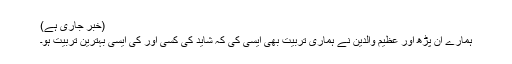
(خبر جاری ہے)
ہمارے ان پڑھ اور عظیم والدین نے ہماری تربیت بھی ایسی کی کہ شاید کی کسی اور کی ایسی بہترین تربیت ہو۔